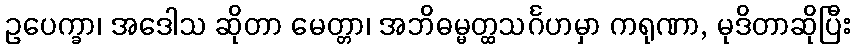
ဥပေက္ခာ၊ အဒေါသ ဆိုတာ မေတ္တာ၊ အဘိဓမ္မတ္ထသင်္ဂဟမှာ ကရုဏာ, မုဒိတာဆိုပြီး